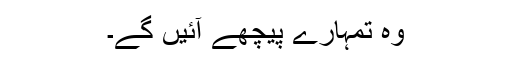
وہ تمہارے پیچھے آئیں گے۔